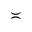
\asymp